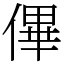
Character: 𠌫